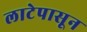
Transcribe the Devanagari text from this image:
लाटेपासून